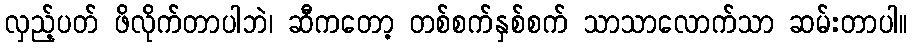
လှည့်ပတ် ဖိလိုက်တာပါဘဲ၊ ဆီကတော့ တစ်စက်နှစ်စက် သာသာလောက်သာ ဆမ်းတာပါ။